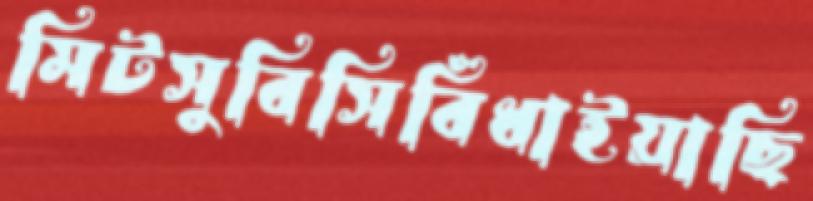
মিটসুবিসিবিঁধাইয়াছি